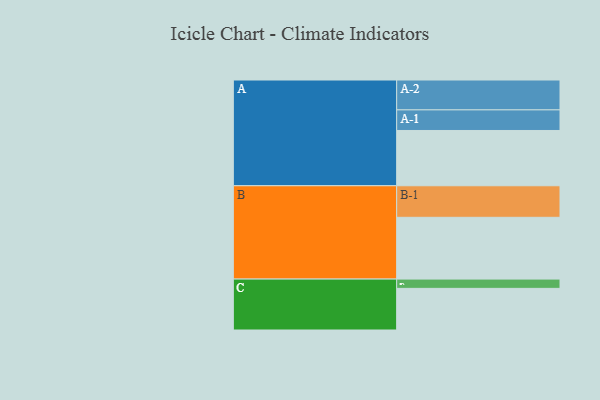
{"axis": {"x": "Segment", "y": "Value"}, "legend": ["", "A", "B", "C"], "data": [{"x": "A", "y": 494, "type": ""}, {"x": "B", "y": 552, "type": ""}, {"x": "C", "y": 372, "type": ""}, {"x": "A-1", "y": 184, "type": "A"}, {"x": "A-2", "y": 267, "type": "A"}, {"x": "B-1", "y": 282, "type": "B"}, {"x": "C-1", "y": 83, "type": "C"}]}